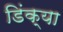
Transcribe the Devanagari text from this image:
डिंक्या